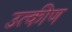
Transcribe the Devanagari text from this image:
उत्कीण